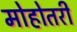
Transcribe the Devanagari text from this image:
मोहोतरी